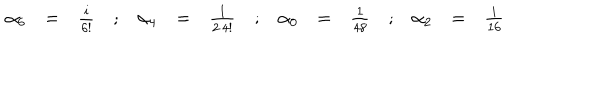
LaTeX: \begin{array} { r c l c r c l c r c l c r c l } { { \alpha _ { 6 } } } & { { = } } & { { \frac { i } { 6 ! } } } & { { ; } } & { { \alpha _ { 4 } } } & { { = } } & { { \frac { 1 } { 2 \, 4 ! } } } & { { ; } } & { { \alpha _ { 0 } } } & { { = } } & { { \frac { 1 } { 4 8 } } } & { { ; } } & { { \alpha _ { 2 } } } & { { = } } & { { \frac { i } { 1 6 } } } \\ \end{array}